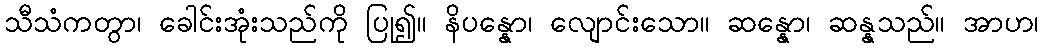
သီသံကတွာ၊ ခေါင်းအုံးသည်ကို ပြု၍။ နိပန္နော၊ လျောင်းသော။ ဆန္နော၊ ဆန္နသည်။ အာဟ၊